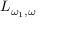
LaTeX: L _ { \omega _ { 1 } , \omega }